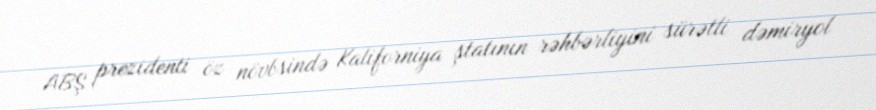
ABŞ prezidenti öz növbsində Kaliforniya ştatının rəhbərliyini sürətli dəmiryol